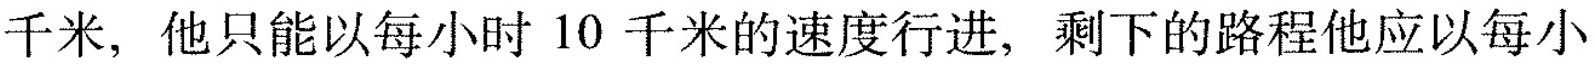
千米，他只能以每小时10千米的速度行进，剩下的路程他应以每小